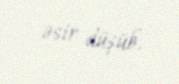
əsir düşüb.